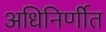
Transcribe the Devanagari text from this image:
अधिनिर्णीत